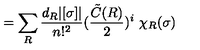
= \sum _ { R } \frac { d _ { R } | [ \sigma ] | } { n ! ^ { 2 } } ( \frac { { \tilde { C } } ( R ) } { 2 } ) ^ { i } \ \chi _ { R } ( \sigma )